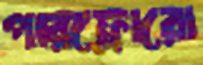
পারফ্লোরো